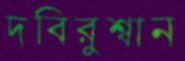
দবিরুশ্বান